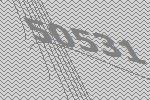
50531